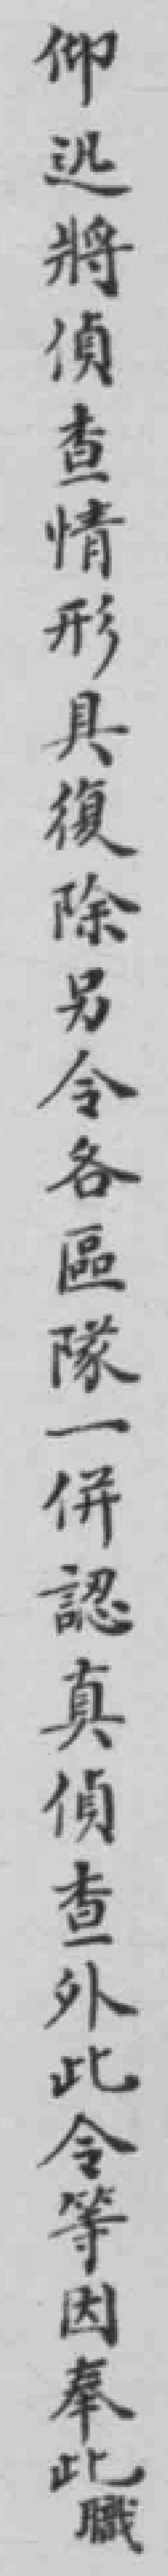
仰迅將偵查情形具復除另令各區隊一併認真偵查外此令等因奉此職